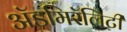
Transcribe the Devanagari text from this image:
ॲडमिरॅलिटी